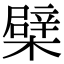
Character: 檗